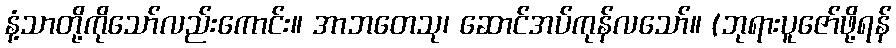
နံ့သာတို့ကိုသော်လည်းကောင်း။ အာဘတေသု၊ ဆောင်အပ်ကုန်လသော်။ (ဘုရားပူဇော်ဖို့ရန်